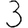
Digit: 3